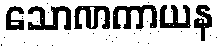
သောဏကာယန